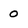
Character: 0